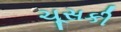
ચૂસકી